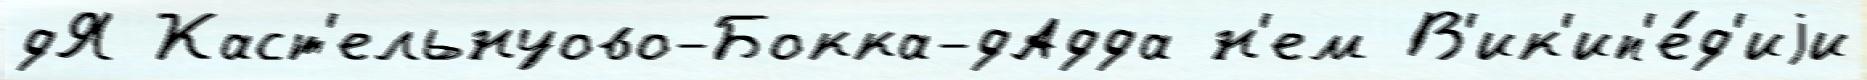
дЯ Каст'ельнуово-Бокка-дАдда н'ем В'ик'ип'е́д'иjи